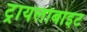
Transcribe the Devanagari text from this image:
ट्रायलोबाइट